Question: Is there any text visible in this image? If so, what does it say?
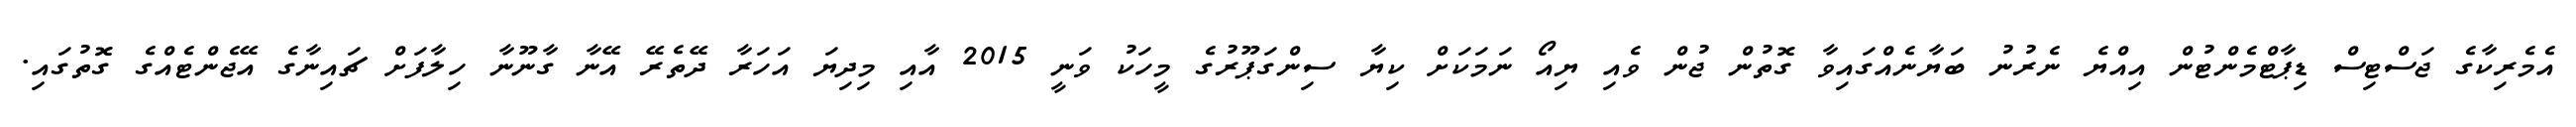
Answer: އެމެރިކާގެ ޖަސްޓިސް ޑިޕާޓްމެންޓުން އިއްޔެ ނެރުނު ބަޔާނެއްގައިވާ ގޮތުން ޖުން ވެއި ޔިއޯ ނަމަކަށް ކިޔާ ސިންގަޕޫރުގެ މީހަކު ވަނީ 2015 އާއި މިދިޔަ އަހަރާ ދޭތެރޭ އޭނާ ގާނޫނާ ހިލާފަށް ޗައިނާގެ އޭޖެންޓެއްގެ ގޮތުގައި.